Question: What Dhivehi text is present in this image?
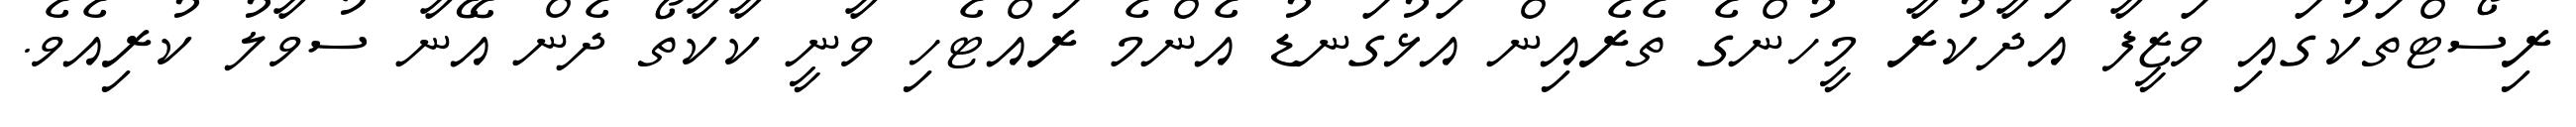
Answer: ރިސޯޓްތަކުގައި ވަޒީފާ އަދާކުރާ މީހުންގެ ތެރެއިން އަޅުގަނޑު އެންމެ ރައްޓެހި ވާނީ ކާކާތޯ ދެން އޭނާ ސުވާލު ކުރިއެވެ.